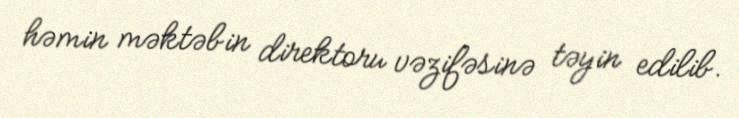
həmin məktəbin direktoru vəzifəsinə təyin edilib.